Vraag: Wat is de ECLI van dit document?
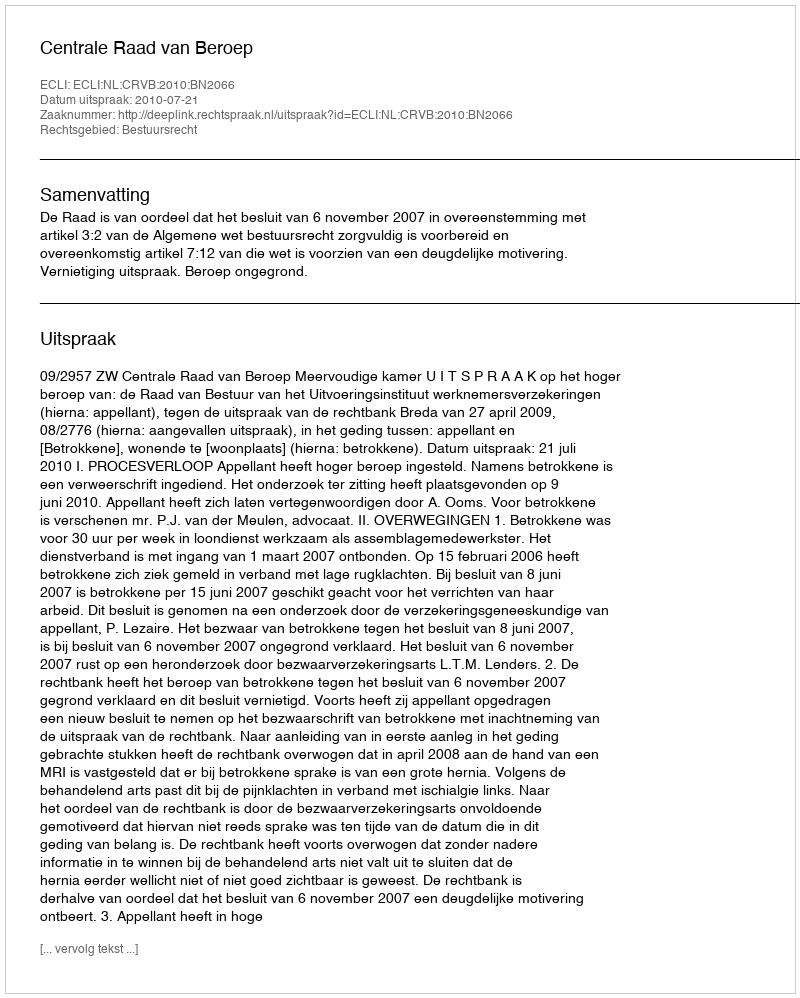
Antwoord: ECLI:NL:CRVB:2010:BN2066